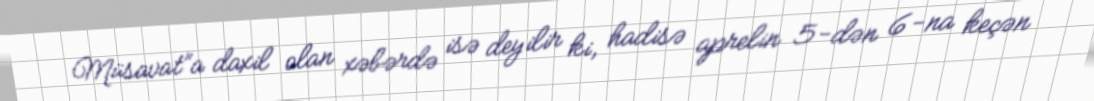
Müsavat”a daxil olan xəbərdə isə deyilir ki, hadisə aprelin 5-dən 6-na keçən